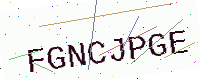
Text: FGNCJPGE